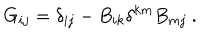
G _ { i j } = \delta _ { i j } - B _ { i k } \delta ^ { k m } B _ { m j } \ .